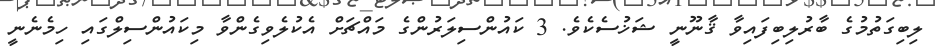
ލިބިގަތުމުގެ ބާރުލިބިފައިވާ ޤާނޫނީ ޝަޚުސެކެވެ. 3 ކައުންސިލަރުންގެ މައްޗަށް އެކުލެވިގެންވާ މިކައުންސިލްގައި ހިމެނެނީ